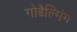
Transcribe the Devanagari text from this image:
गोडैल्मिंग